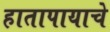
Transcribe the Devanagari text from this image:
हातापायाचे